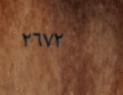
٢٦٧٢